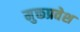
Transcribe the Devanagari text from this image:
मुक्तप्रवेश